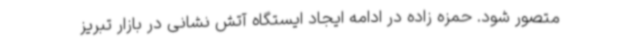
متصور شود. حمزه زاده در ادامه ایجاد ایستگاه آتش نشانی در بازار تبریز